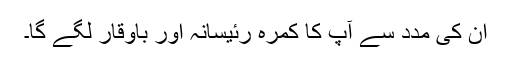
ان کی مدد سے آپ کا کمرہ رئیسانہ اور باوقار لگے گا۔